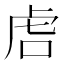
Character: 𫊝